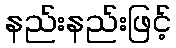
နည်းနည်းဖြင့်